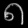
Digit: ၈